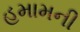
હમામની